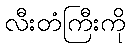
လီးတံကြီးကို